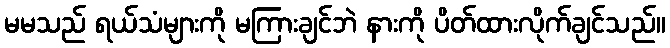
မမသည် ရယ်သံများကို မကြားချင်ဘဲ နားကို ပိတ်ထားလိုက်ချင်သည်။